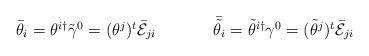
LaTeX: \begin{align*}\begin{array}{cc}\bar{\theta}_{i}=\theta^{i\dagger}\tilde{\gamma}^{0}=(\theta^{j})^{t}\bar{\cal E}_{ji}~~~~&~~~~\bar{\tilde{\theta}}_{i}=\tilde{\theta}^{i\dagger}\gamma^{0}=(\tilde{\theta}^{j})^{t}\bar{\cal E}_{ji}\end{array}\end{align*}